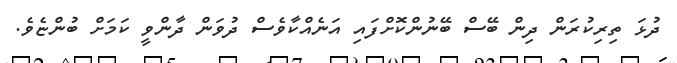
ދުޅަ ތިރިކުރަން ދިން ބޭސް ބޭނުންކޮށްފައި އަނެއްކާވެސް ދުވަން ދާންވީ ކަމަށް ބުންޏެވެ.